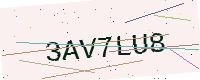
Text: 3AV7LU8